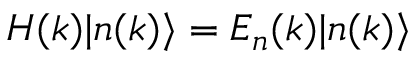
H ( k ) | n ( k ) \rangle = E _ { n } ( k ) | n ( k ) \rangle